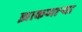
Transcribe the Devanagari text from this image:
झाकणाऱ्या